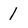
Character: 1